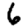
Digit: 6